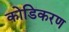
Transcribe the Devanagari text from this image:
कोडिकरण